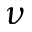
\nu